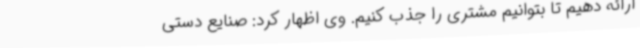
ارائه دهیم تا بتوانیم مشتری را جذب کنیم. وی اظهار کرد: صنایع دستی